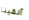
ألقينا